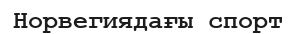
Норвегиядағы спорт